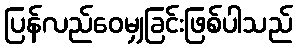
ပြန်လည်ဝေမျှခြင်းဖြစ်ပါသည်